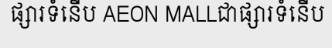
ផ្សារទំនើប AEON MALLជាផ្សារទំនើប